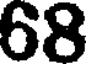
68